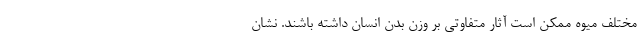
مختلف میوه ممکن است آثار متفاوتی بر وزن بدن انسان داشته باشند. نشان